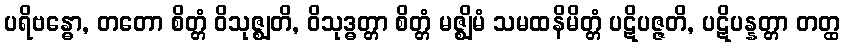
ပရိဗန္ဓော, တတော စိတ္တံ ဝိသုဇ္ဈတိ, ဝိသုဒ္ဓတ္တာ စိတ္တံ မဇ္ဈိမံ သမထနိမိတ္တံ ပဋိပဇ္ဇတိ, ပဋိပန္နတ္တာ တတ္ထ